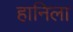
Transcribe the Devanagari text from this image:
हानिला